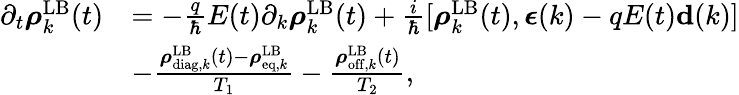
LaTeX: \begin{array}{rl}{\partial_{t}\boldsymbol{\rho}_{k}^{\mathrm{LB}}(t)}&{=-\frac{q}{\hbar}E(t)\partial_{k}\boldsymbol{\rho}_{k}^{\mathrm{LB}}(t)+\frac{i}{\hbar}[\boldsymbol{\rho}_{k}^{\mathrm{LB}}(t),{\boldsymbol\epsilon}(k)-qE(t){\mathbf d}(k)]}\\ &{-\frac{\boldsymbol{\rho}_{\mathrm{diag},k}^{\mathrm{LB}}(t)-\boldsymbol{\rho}_{\mathrm{eq},k}^{\mathrm{LB}}}{T_{1}}-\frac{\boldsymbol{\rho}_{\mathrm{off},k}^{\mathrm{LB}}(t)}{T_{2}},}\end{array}